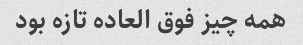
همه چیز فوق العاده تازه بود